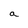
Character: a